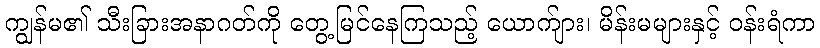
ကျွန်မ၏ သီးခြားအနာဂတ်ကို တွေ့မြင်နေကြသည့် ယောက်ျား၊ မိန်းမများနှင့် ဝန်းရံကာ